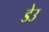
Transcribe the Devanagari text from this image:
डेउ